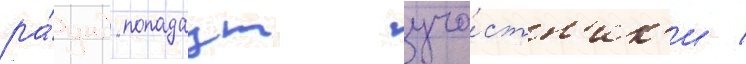
ра́унд попадаут уча́стн'ик'и /